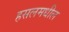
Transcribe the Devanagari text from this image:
हसलमधील